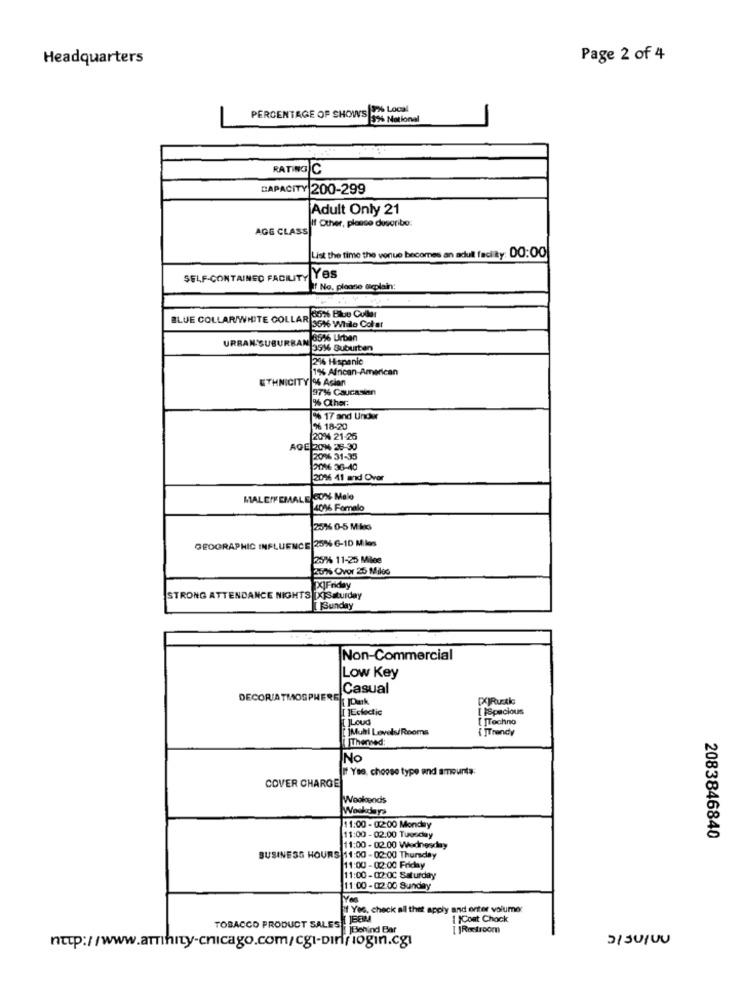
Headquarters
Page 2 of 4
PERCENTAGE OF SHOWS % Local
-
13% National
RATING C
CAPACITY 200-299
Adult Only 21
If Other, please describe
AGG CLASS
List the time the venue becomes an adult facility: 00:00
SELF-CONTAINED FACILITY YES
If No. please dieplein:
BLUE COLLAR/WHITE COLLAR
p 90%% Blue Collar
3516 While Colar
URBAN SUBURBAN
856 Urban
3516 Suburten
2% Hispanic
1% African-American
ETHNICITY 6 Asian
97% Caucasian
% Other:
0% 17 and Under
26 18-20
20% 21-25
AQE 20% 25-30
20% 31-35
2016 36-40
206 41 and Over
MALEFEMALE 00% Malo
406 Fomalo
20% 0-5 Mis
GEOGRAPHIC INFLUENCE 25% 6-10 Miles
25% 11-25 Milee
2016 OVor 25 Miles
XJFriday
STRONG ATTENDANCE NIGHTS |X|Saturday
Sunday
Non-Commercial
Low Key
Casual
DECOR/ATMOSPHERE Dark
I ]Eclectic
[ ]Spacious
[ ]Techno
jMuhi Levels/ Rooms
[ ]Trendy
Thenned:
INO
If Yes, choose type and amounts:
COVER CHARGE
Weekends
Weekdays
11:00 - 02:00 Monday
11:00 - 02.00 Tuesday
2083846840
11:00 - 02.00 Wednesday
BUSINESS HOURS 11:00 - 02:00 Thursday
11:00 -02:00 Friday
11:00-02:0C Saturday
11:00 -02:00 Sunday
if Yes, check all thet apply and enter volume:
TOBACCO PRODUCT SALES LEEM
{ }Cont Chock
Behind Bar
[ ]Restroom
JIJUIUU
http://www.arrihity-chicago.com/cgi-binffiogin.cgi